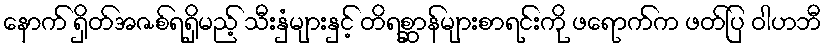
နောက် ရှိတ်အဇစ်ရရှိမည့် သီးနှံများနှင့် တိရစ္ဆာန်များစာရင်းကို ဖရောက်က ဖတ်ပြ ဝါဟဘီ